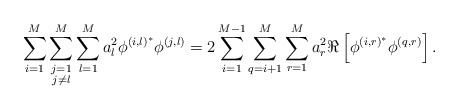
\begin{align*}\sum_{i=1}^M\sum\limits_{\substack{j=1\\j\neq l}}^M\sum_{l=1}^Ma_l^2\phi^{\left(i,l\right)^*}\phi^{\left(j,l\right)}=2\sum_{i=1}^{M-1}\sum_{q=i+1}^{M}\sum_{r=1}^M a_r^2\Re\left[\phi^{\left(i,r\right)^*}\phi^{\left(q,r\right)}\right].\end{align*}